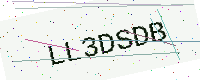
Text: LL3DSDB